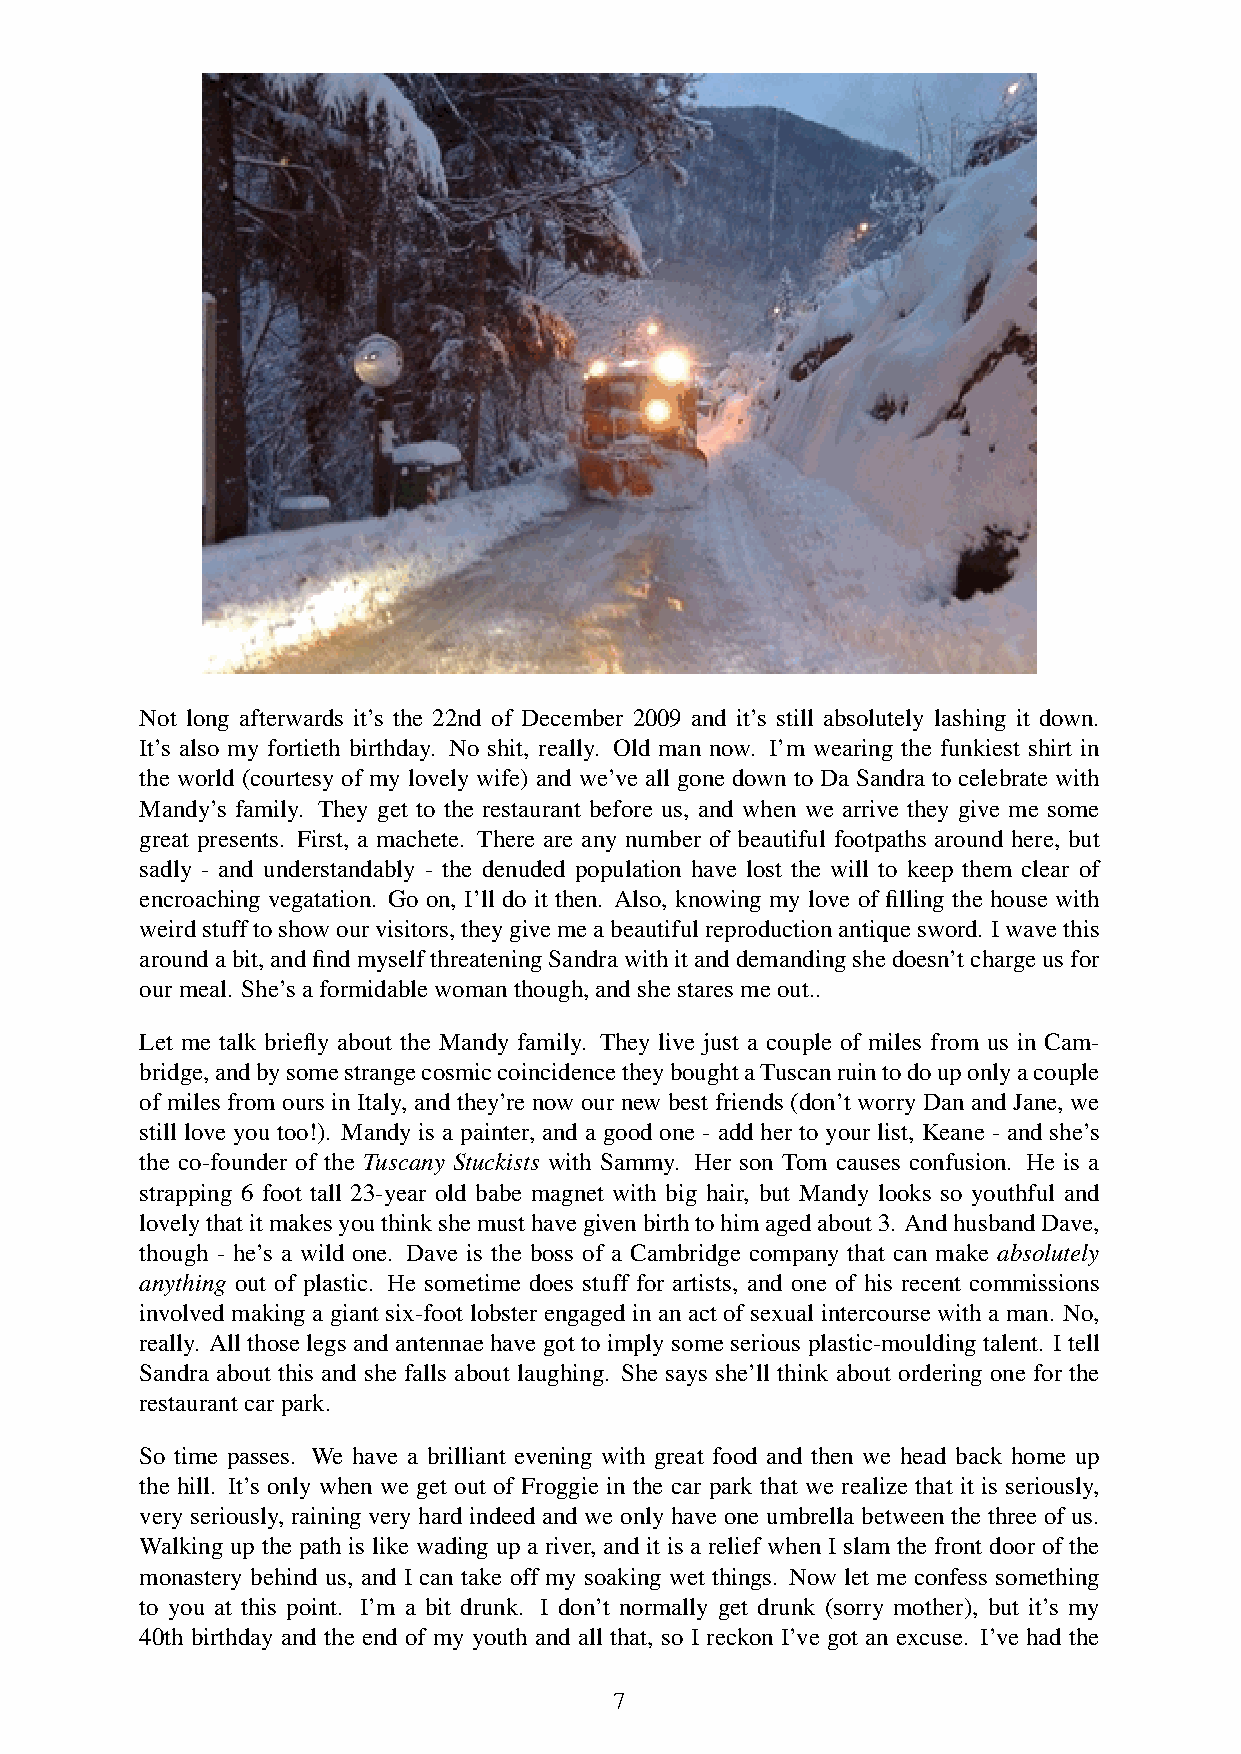
Not long afterwards it’s the 22nd of December 2009 and it’s still absolutely lashing it down.
 It’s also my fortieth birthday. No shit, really. Old man now. I’m wearing the funkiest shirt in
 the world (courtesy of my lovely wife) and we’ve all gone down to Da Sandra to celebrate with
 Mandy’s family. They get to the restaurant before us, and when we arrive they give me some
 great presents. First, a machete. There are any number of beautiful footpaths around here, but
 sadly - and understandably - the denuded population have lost the will to keep them clear of
 encroaching vegatation. Go on, I’ll do it then. Also, knowing my love of filling the house with
 weirdstufftoshowourvisitors,theygivemeabeautifulreproductionantiquesword. Iwavethis
 aroundabit,andfindmyselfthreateningSandrawithitanddemandingshedoesn’tchargeusfor
 ourmeal. She’saformidablewomanthough,andshestaresmeout..
 Let me talk briefly about the Mandy family. They live just a couple of miles from us in Cam-
 bridge,andbysomestrangecosmiccoincidencetheyboughtaTuscanruintodouponlyacouple
 of miles from ours in Italy, and they’re now our new best friends (don’t worry Dan and Jane, we
 still love you too!). Mandy is a painter, and a good one - add her to your list, Keane - and she’s
 the co-founder of the Tuscany Stuckists with Sammy. Her son Tom causes confusion. He is a
 strapping 6 foot tall 23-year old babe magnet with big hair, but Mandy looks so youthful and
 lovelythatitmakesyouthinkshemusthavegivenbirthtohimagedabout3. AndhusbandDave,
 though - he’s a wild one. Dave is the boss of a Cambridge company that can make absolutely
 anything out of plastic. He sometime does stuff for artists, and one of his recent commissions
 involved making a giant six-foot lobster engaged in an act of sexual intercourse with a man. No,
 really. All those legs and antennae have got to imply some serious plastic-moulding talent. I tell
 Sandra about this and she falls about laughing. She says she’ll think about ordering one for the
 restaurantcarpark.
 So time passes. We have a brilliant evening with great food and then we head back home up
 the hill. It’s only when we get out of Froggie in the car park that we realize that it is seriously,
 very seriously, raining very hard indeed and we only have one umbrella between the three of us.
 Walking up the path is like wading up a river, and it is a relief when I slam the front door of the
 monastery behind us, and I can take off my soaking wet things. Now let me confess something
 to you at this point. I’m a bit drunk. I don’t normally get drunk (sorry mother), but it’s my
 40th birthday and the end of my youth and all that, so I reckon I’ve got an excuse. I’ve had the
 7